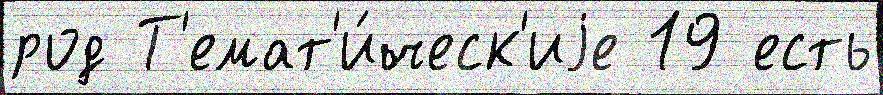
род Т'емат'и́ческ'иjе 19 есть